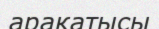
арақатысы